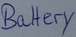
Text: Battery